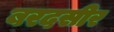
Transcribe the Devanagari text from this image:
बरदसीर